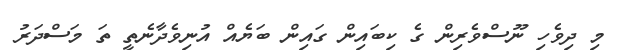
މި ދިވެހި ނޫސްވެރިން ގެ ކިބައިން ގައިން ބަޔެއް އުނިވެދާނެތީ ތަ މަސްދަރު